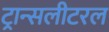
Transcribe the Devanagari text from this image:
ट्रान्सलीटरल